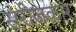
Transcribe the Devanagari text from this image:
सरोजकार